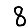
Digit: 8